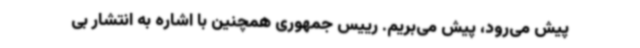
پیش می‌رود، پیش می‌بریم. رییس جمهوری همچنین با اشاره به انتشار بی